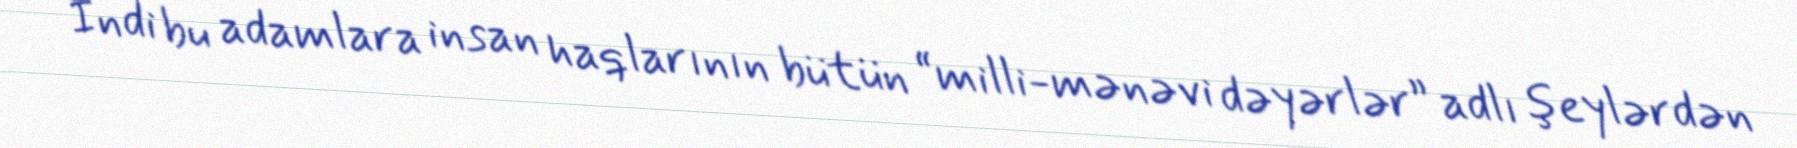
İndi bu adamlara insan haqlarının bütün “milli-mənəvi dəyərlər” adlı şeylərdən